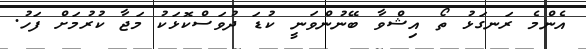
އެންމެ ރަނގަޅު ތޯ އިޝްވާ ބޭނުންވަނީ ކުޑަ ދުވަސްކޮޅަކު މަޖާ ކުރުމަށް ފަހު.